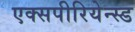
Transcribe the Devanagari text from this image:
एक्सपीरियेन्स्ड